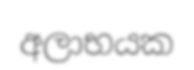
අලාභයක